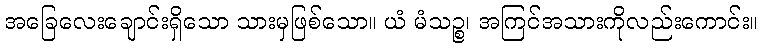
အခြေလေးချောင်းရှိသော သားမှဖြစ်သော။ ယံ မံသဉ္စ၊ အကြင်အသားကိုလည်းကောင်း။